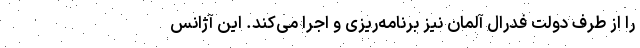
را از طرف دولت فدرال آلمان نیز برنامه‌ریزی و اجرا می‌کند. این آژانس